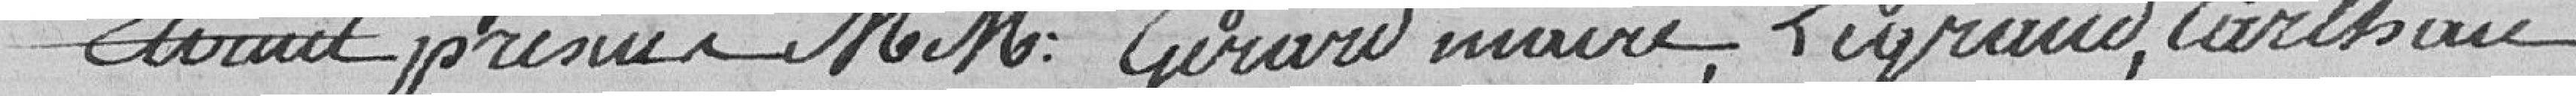
Etaient présents MM: Gerard maire, Legrand, Cartheron,